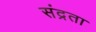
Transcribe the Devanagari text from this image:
संद्रता